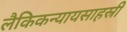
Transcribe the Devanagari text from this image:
लैकिकन्यायसाहस्री